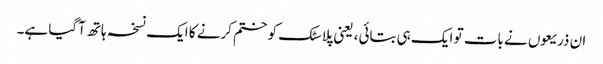
ان ذریعوں نے بات تو ایک ہی بتائی، یعنی پلاسٹک کو ختم کرنے کا ایک نسخہ ہاتھ آگیا ہے۔